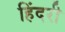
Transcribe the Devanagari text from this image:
हिंदरी